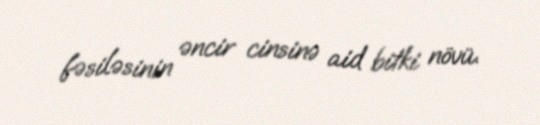
fəsiləsinin əncir cinsinə aid bitki növü.